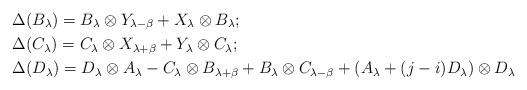
LaTeX: \begin{align*}&\Delta(B_\lambda)=B_\lambda\otimes Y_{\lambda-\beta}+X_\lambda\otimes B_{\lambda};\cr &\Delta(C_\lambda)=C_\lambda\otimes X_{\lambda+\beta}+Y_\lambda\otimes C_{\lambda};\cr &\Delta(D_\lambda)=D_\lambda\otimes A_\lambda-C_\lambda\otimes B_{\lambda+\beta}+B_\lambda\otimes C_{\lambda-\beta}+(A_\lambda+(j-i)D_\lambda)\otimes D_\lambda \end{align*}